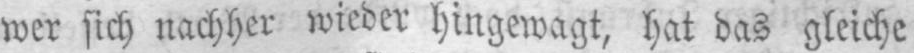
wer sich nachher wieder hingewagt, hat das gleiche